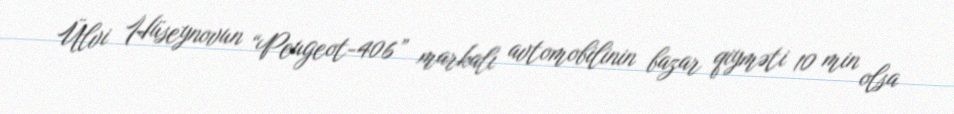
Ülvi Hüseynovun “Peugeot-406” markalı avtomobilinin bazar qiyməti 10 min olsa